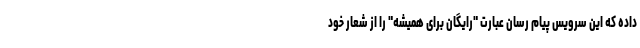
داده که این سرویس پیام رسان عبارت "رایگان برای همیشه" را از شعار خود